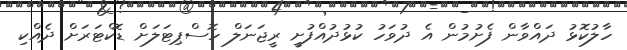
ހާލުކޮޅު ދައްވާން ފެށުމުން އެ ދުވަހު ކުޅުދުއްފުށީ ރީޖަނަލް ހޮސްޕިޓަލަށް ޑޮކްޓަރަށް ދެއްކި